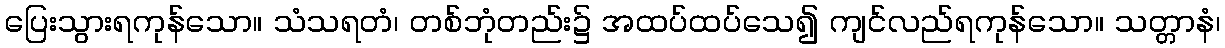
ပြေးသွားရကုန်သော။ သံသရတံ၊ တစ်ဘုံတည်း၌ အထပ်ထပ်သေ၍ ကျင်လည်ရကုန်သော။ သတ္တာနံ၊